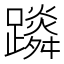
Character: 𨆴